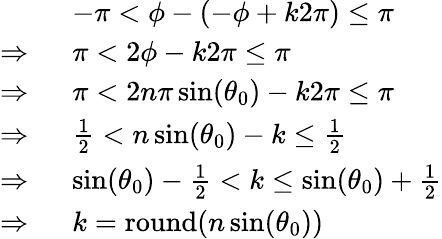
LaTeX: \begin{array}{rl}&{-\pi<\phi-(-\phi+k2\pi)\le\pi}\\ {\Rightarrow\; \; }&{\pi<2\phi-k2\pi\le\pi}\\ {\Rightarrow\; \; }&{\pi<2n\pi\sin(\theta_{0})-k2\pi\le\pi}\\ {\Rightarrow\; \; }&{\frac{1}{2}<n\sin(\theta_{0})-k\le\frac{1}{2}}\\ {\Rightarrow\; \; }&{\sin(\theta_{0})-\frac{1}{2}<k\le\sin(\theta_{0})+\frac{1}{2}}\\ {\Rightarrow\; \; }&{k=\mathrm{round}(n\sin(\theta_{0}))}\end{array}